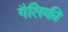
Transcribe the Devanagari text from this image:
गैलिकी